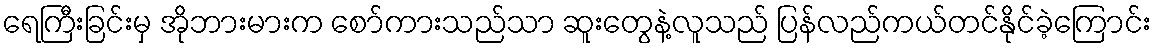
ရေကြီးခြင်းမှ အိုဘားမားက စော်ကားသည်သာ ဆူးတွေနဲ့လူသည် ပြန်လည်ကယ်တင်နိုင်ခဲ့ကြောင်း